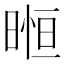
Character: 暅